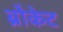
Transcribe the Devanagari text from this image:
ब्रौकेट